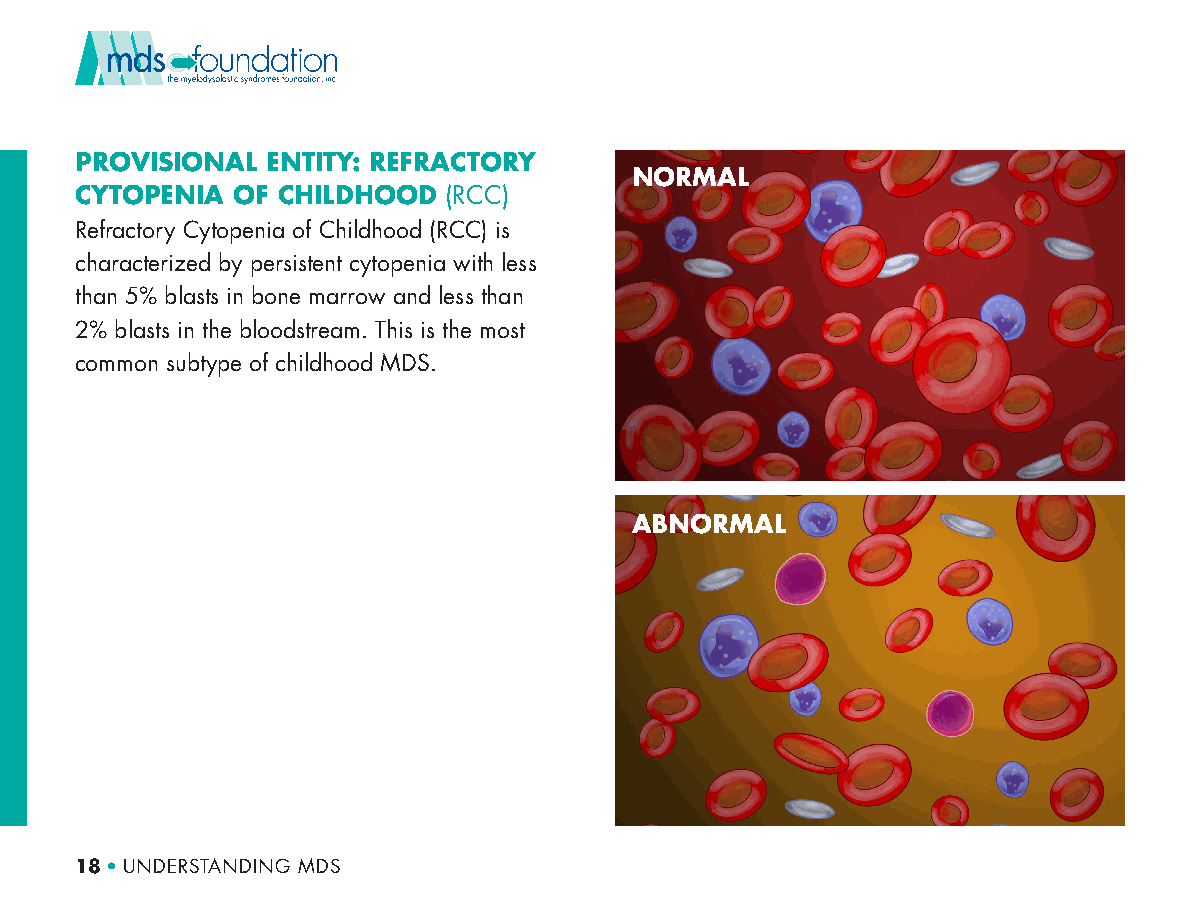
PROVISIONAL  ENTITY: REFRACTORY
 NORMAL
 CYTOPENIA OF CHILDHOOD  (RCC)
 Refractory Cytopenia of Childhood (RCC) is
 characterized by persistent cytopenia with less
 than 5% blasts in bone marrow and less than
 2% blasts in the bloodstream. This is the most
 common subtype of childhood MDS.
 ABNORMAL
 18 • UNDERSTANDING MDS